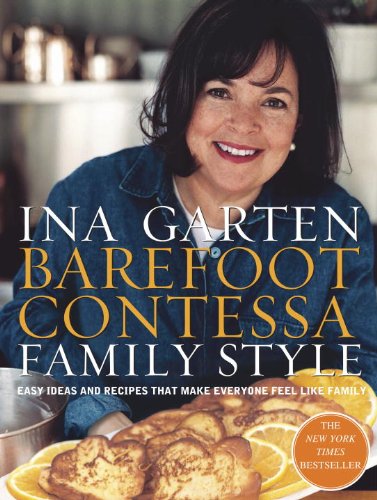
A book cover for Barefoot Contessa Family Style: Easy Ideas and Recipes That Make Everyone Feel Like Family; Ina Garten; Cookbooks, Food & Wine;